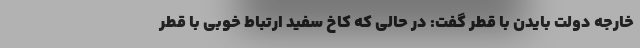
خارجه دولت بایدن با قطر گفت: در حالی که کاخ سفید ارتباط خوبی با قطر